Leprosy in India: report of the Leprosy Commission in India, 1890-91
Year: 1890
Disease focus: Leprosy
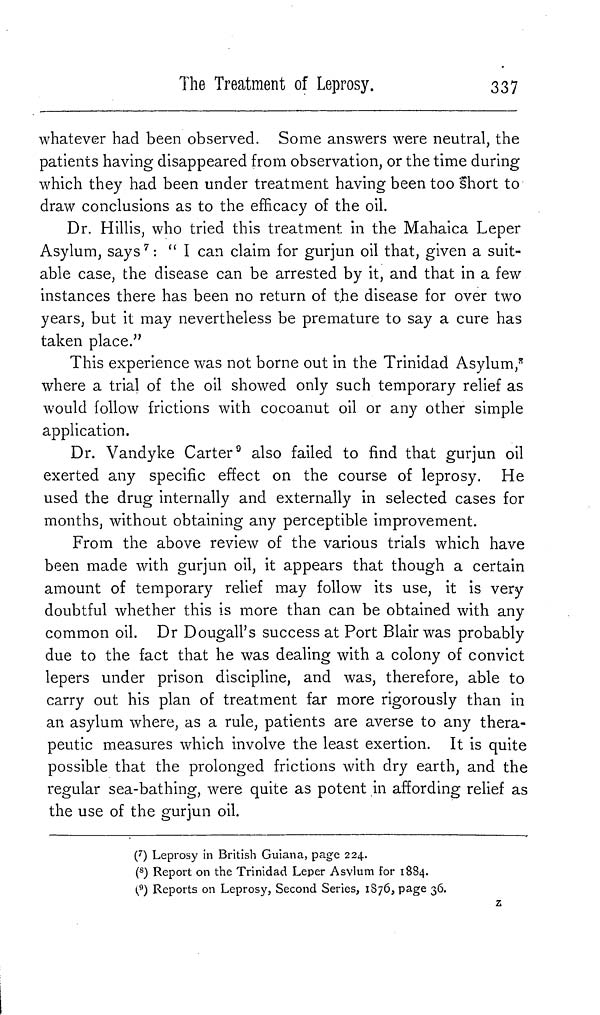
The Treatment of Leprosy.
337
whatever had been observed. Some answers were neutral, the
patients having disappeared from observation, or the time during
which they had been under treatment having been too short to
draw conclusions as to the efficacy of the oil.
Dr. Hillis, who tried this treatment in the Mahaica Leper
Asylum, says 7 : " I can claim for gurjun oil that, given a suit-
able case, the disease can be arrested by it, and that in a few
instances there has been no return of the disease for over two
years, but it may nevertheless be premature to say a cure has
taken place."
This experience was not borne out in the Trinidad Asylum, 8
where a trial of the oil showed only such temporary relief as
would follow frictions with cocoanut oil or any other simple
application.
Dr. Vandyke Carter 9 also failed to find that gurjun oil
exerted any specific effect on the course of leprosy. He
used the drug internally and externally in selected cases for
months, without obtaining any perceptible improvement.
From the above review of the various trials which have
been made with gurjun oil, it appears that though a certain
amount of temporary relief may follow its use, it is very
doubtful whether this is more than can be obtained with any
common oil. Dr Dougall's success at Port Blair was probably
due to the fact that he was dealing with a colony of convict
lepers under prison discipline, and was, therefore, able to
carry out his plan of treatment far more rigorously than in
an asylum where, as a rule, patients are averse to any thera-
peutic measures which involve the least exertion. It is quite
possible that the prolonged frictions with dry earth, and the
regular sea-bathing, were quite as potent in affording relief as
the use of the gurjun oil.
( 7 ) Leprosy in British Guiana, page 224.
( 8 ) Report on the Trinidad Leper Asylum for 1884.
( 9 ) Reports on Leprosy, Second Series, 1876, page 36.
z